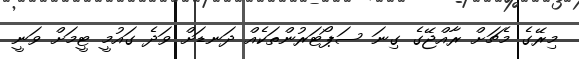
މިރޭގެ މެޗަށް ރާއްޖޭގެ ގިނަ ސަޕޯޓަރުންތަކެއް ދަނޑަށް ވަދެ ގައުމީ ޓީމަށް ވަނީ